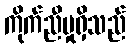
ကိုက်ညီမှုရှိသည်